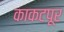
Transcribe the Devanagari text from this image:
काकटपूर